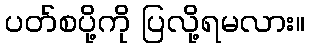
ပတ်စပို့ကို ပြလို့ရမလား။